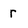
Character: r